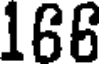
166